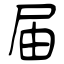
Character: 届